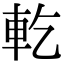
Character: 𨊰